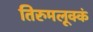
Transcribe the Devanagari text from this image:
तिरुमलूक्कं